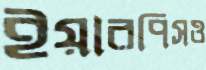
ইয়ারপিসও